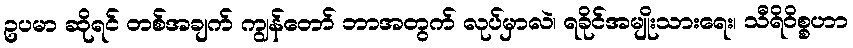
ဥပမာ ဆိုရင် တစ်အချက် ကျွန်တော် ဘာအတွက် လုပ်မှာလဲ၊ ရခိုင်အမျိုးသားရေး၊ သီရိ၀ိစ္စဟာ